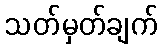
သတ်မှတ်ချက်